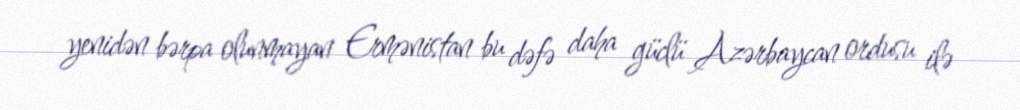
yenidən bərpa olunmayan Ermənistan bu dəfə daha güclü Azərbaycan ordusu ilə